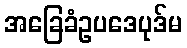
အခြေခံဥပဒေပုဒ်မ